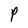
Character: P